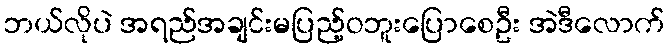
ဘယ်လိုပဲ အရည်အချင်းမပြည့်ဝဘူးပြောစေဦး အဲဒီလောက်